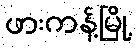
ဖားကန့်မြို့